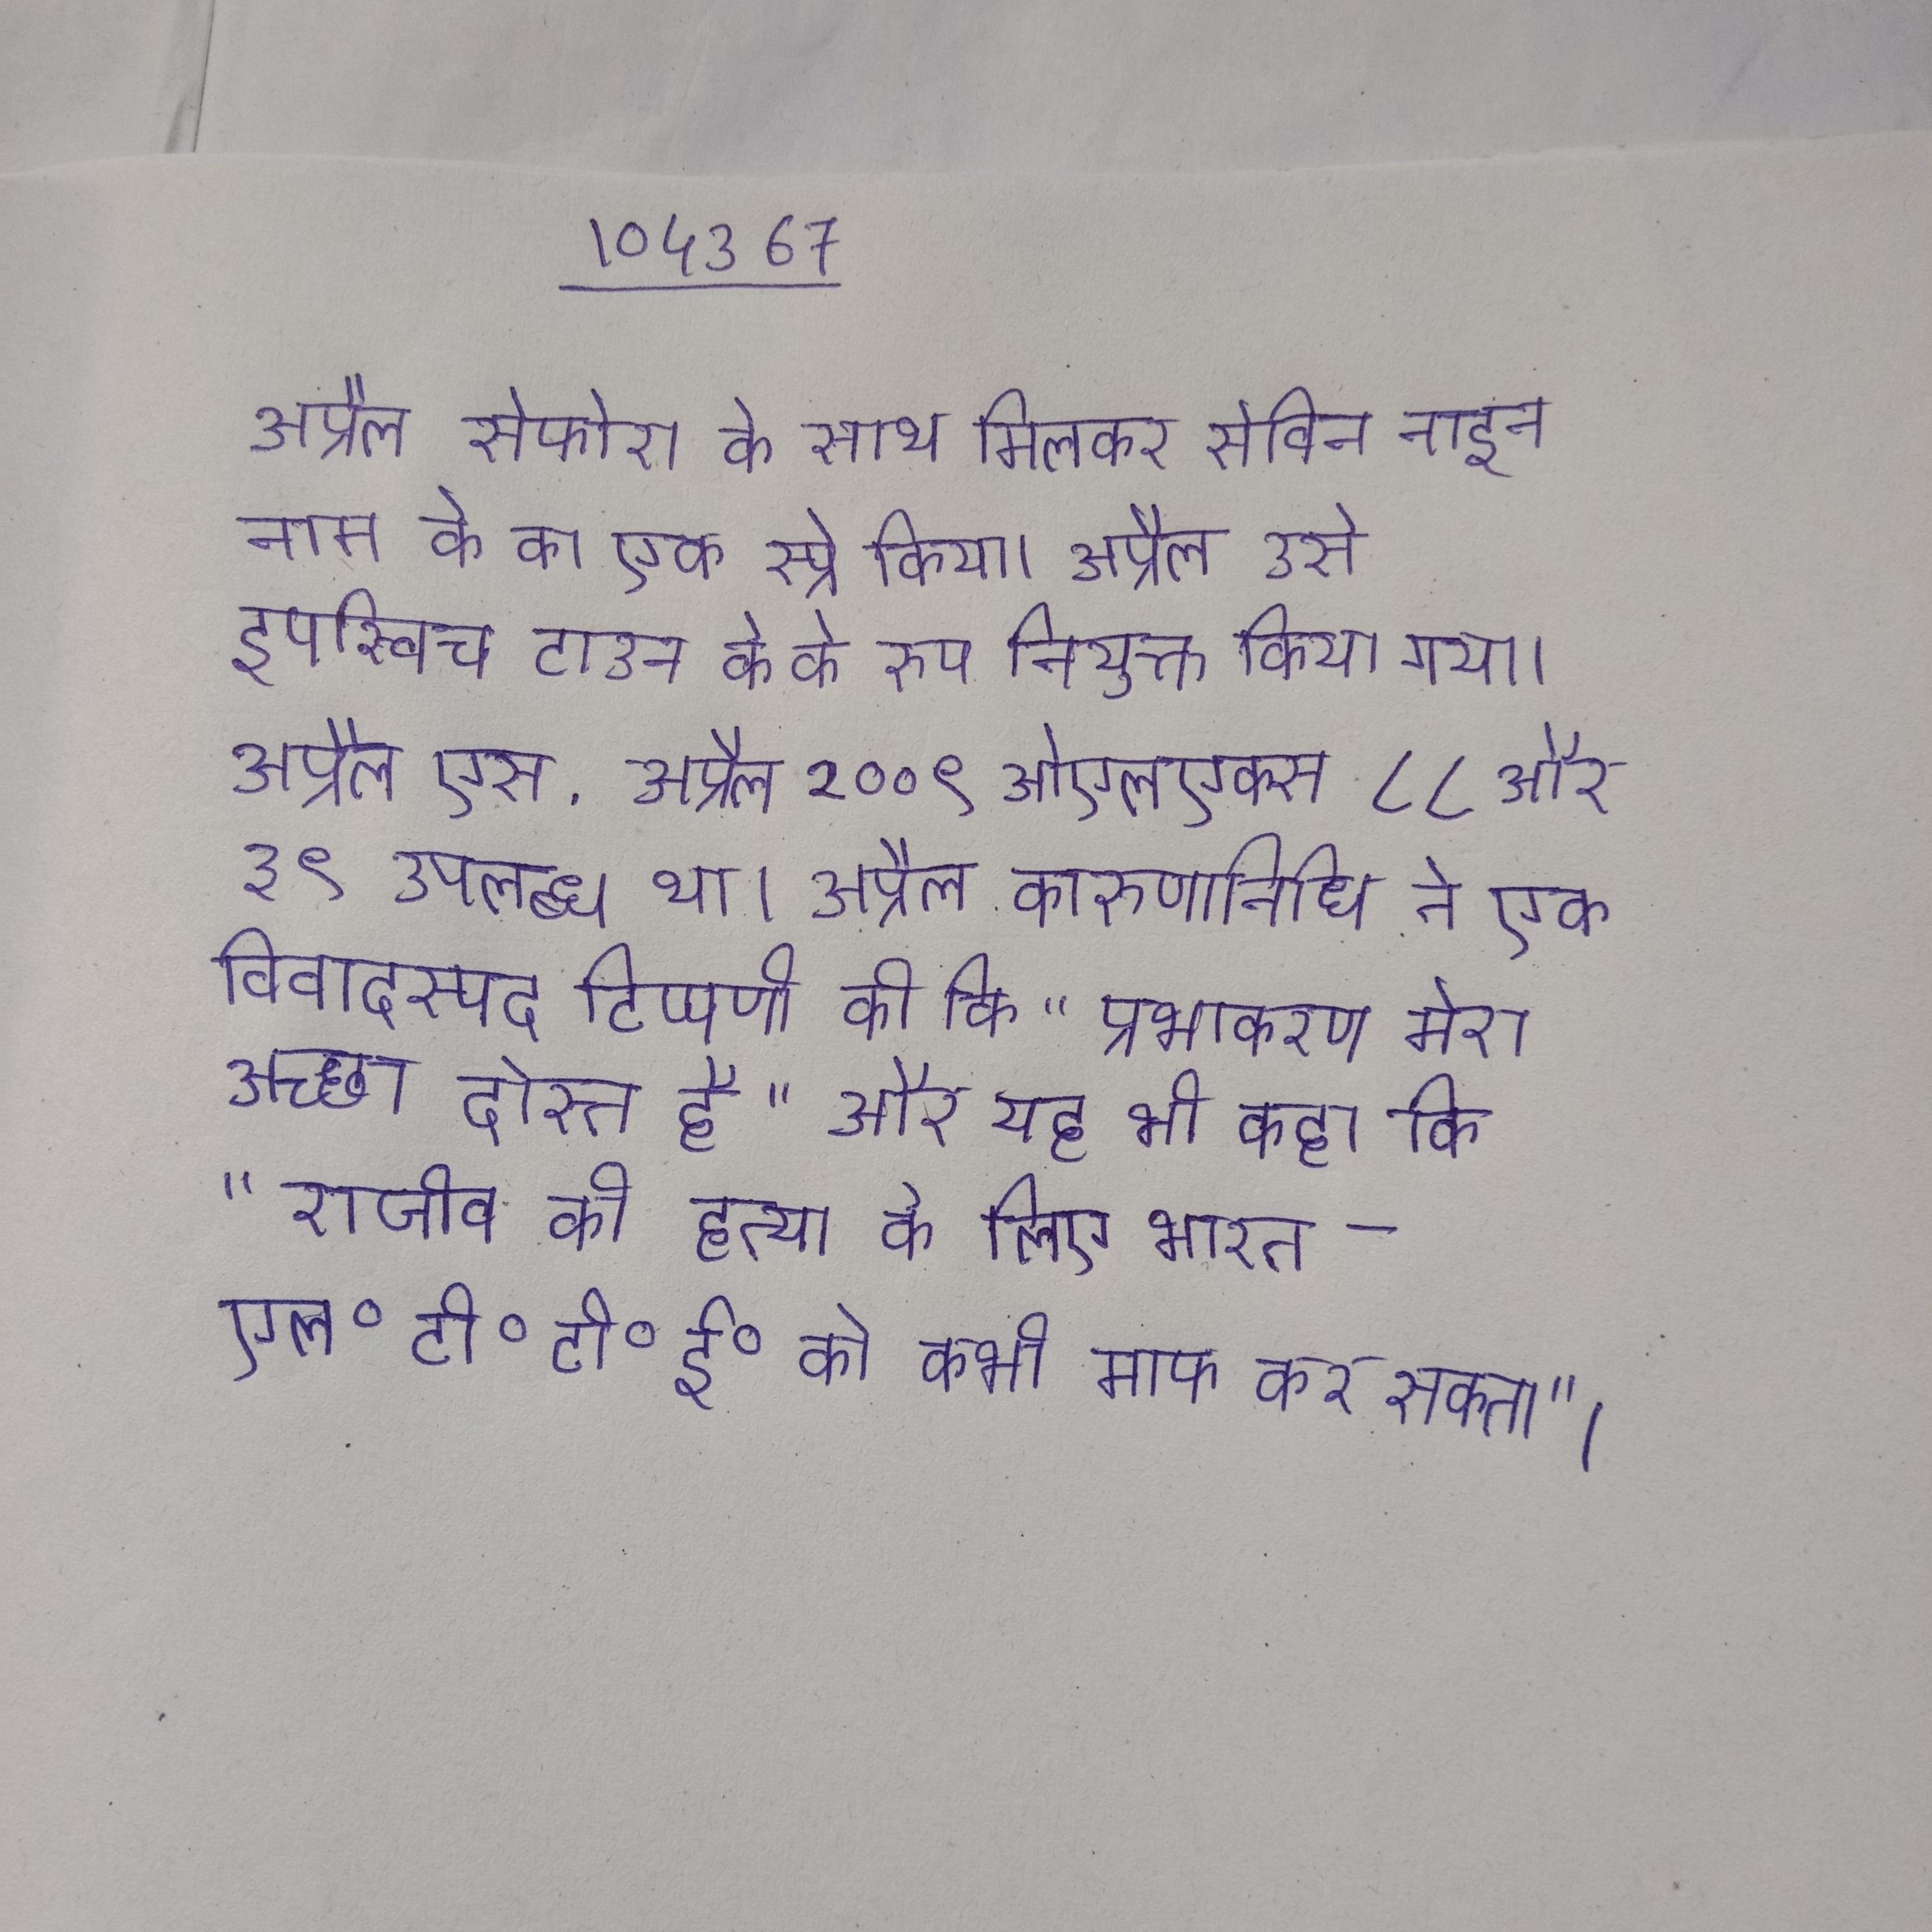
अप्रैल सेफोरा के साथ मिलकर सेविन नाइन नाम के का एक स्प्रे किया । अप्रैल उसे इपस्विच टाउन के के रूप नियुक्त किया गया । अप्रैल एस . अप्रैल २००९ ओएलएक्स ८८ और ३९ उपलब्ध था । अप्रैल करूणानिधि ने एक विवादस्पद टिप्पणी की कि "प्रभाकरण मेरा अच्छा दोस्त है" और यह भी कहा कि "राजीव की हत्या के लिए भारत एल॰टी॰टी॰ई॰ को कभी माफ कर सकता" ।